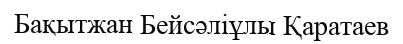
Бақытжан Бейсәліұлы Қаратаев